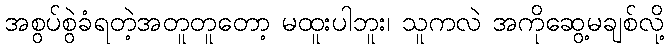
အစွပ်စွဲခံရတဲ့အတူတူတော့ မထူးပါဘူး၊ သူကလဲ အကိုဆွေ့မချစ်လို့